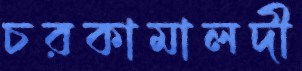
চরকামালদী